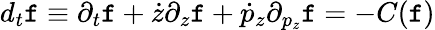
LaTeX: d_{t}\mathtt{f}\equiv\partial_{t}\mathtt{f}+\dot{{z}}\partial_{z}\mathtt{f}+\dot{{p}}_{z}\partial_{p_{z}}\mathtt{f}=-C(\mathtt{f})